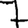
Digit: 7